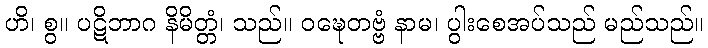
ဟိ၊ စွ။ ပဋိဘာဂ နိမိတ္တံ၊ သည်။ ဝဍ္ဎေတဗ္ဗံ နာမ၊ ပွါးစေအပ်သည် မည်သည်။